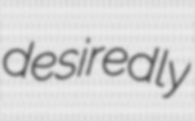
desiredly